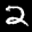
Label: 2